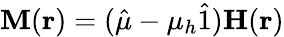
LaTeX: {\mathbf M}({\mathbf r})=(\hat{\mu}-\mu_{h}\hat{1}){\mathbf H}({\mathbf r})